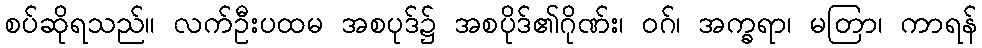
စပ်ဆိုရသည်။ လက်ဦးပထမ အစပုဒ်၌ အစပိုဒ်၏ဂိုဏ်း၊ ဝဂ်၊ အက္ခရာ၊ မတြာ၊ ကာရန်